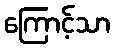
ကြောင့်သာ